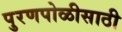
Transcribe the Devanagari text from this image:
पुरणपोळीसाठी